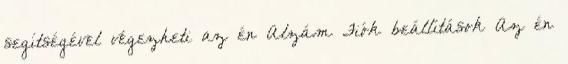
segítségével végezheti az én Alzám Fiók beállítások Az én